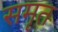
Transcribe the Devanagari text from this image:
समृत